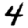
Digit: 4